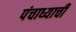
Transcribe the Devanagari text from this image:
पंचाध्याची